Civil Veterinary Department Bengal reports 1933-51 - 1933-1951
Year: 1933
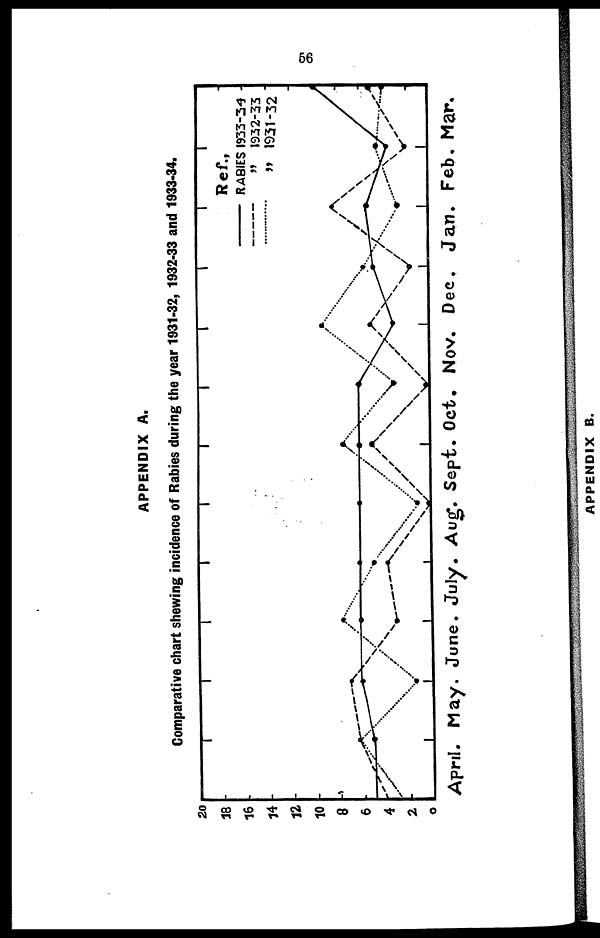
56
APPENDIX A.
Comparative chart shewing incidence of Rabies during the year 1931-32, 1932-33 and 1933-34.